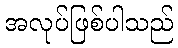
အလုပ်ဖြစ်ပါသည်